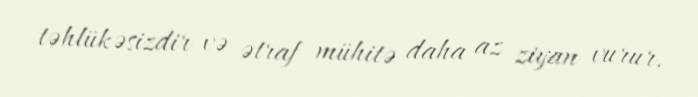
təhlükəsizdir və ətraf mühitə daha az ziyan vurur.